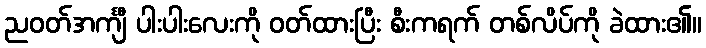
ညဝတ်အင်္ကျီ ပါးပါးလေးကို ဝတ်ထားပြီး စီးကရက် တစ်လိပ်ကို ခဲထား၏။